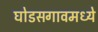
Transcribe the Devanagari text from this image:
घोडसगावमध्ये